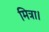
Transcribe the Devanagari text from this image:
मित्रा।